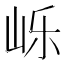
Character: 𱛙